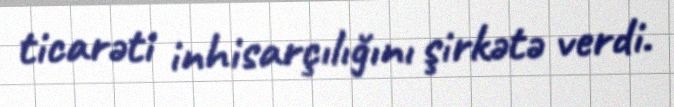
ticarəti inhisarçılığını şirkətə verdi.